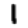
Digit: 1